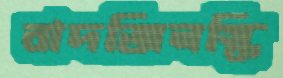
বাদজিনস্কি